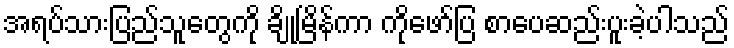
အရပ်သားပြည်သူတွေကို ချိုမြိန်ကာ ကိုဖော်ပြ စာပေဆည်းပူးခဲ့ပါသည်